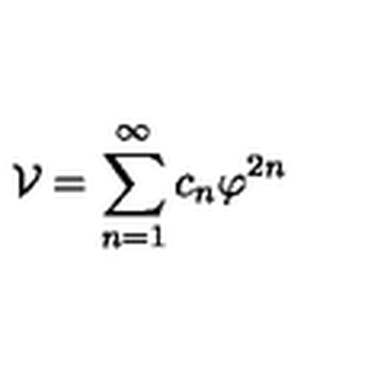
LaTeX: { \cal V } = \sum _ { n = 1 } ^ { \infty } c _ { n } \varphi ^ { 2 n }